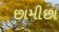
છામીછા